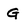
Character: G